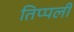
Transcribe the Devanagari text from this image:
तिप्पली